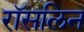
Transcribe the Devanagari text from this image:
रॉसलिन